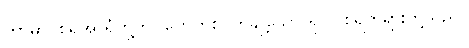
ကာမာဝစရအာရုံတို့ကို။ ကေဟိစိ၊ တချို့သော ရူပါဝစရတရားတို့သည်။